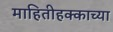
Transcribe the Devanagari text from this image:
माहितीहक्काच्या